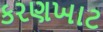
કરણખાટ